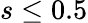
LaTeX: s\leq 0.5